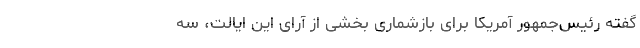
گفته رئیس‌جمهور آمریکا برای باز‌شماری بخشی از آرای این ایالت، سه